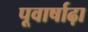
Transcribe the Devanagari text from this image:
पूवार्षाढ़ा